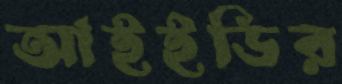
আইইডির